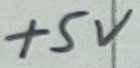
Text: +5V